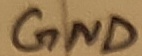
Text: GND